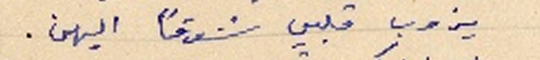
يذوب قلبي شوقاً اليهن.